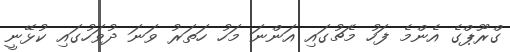
ގްރޫޕްގެ އެންމެ ފަހު މެޗުގައި އަންނަ މަހު ހަތަރު ވަނަ ދުވަހުގައި ކުޅޭނީ